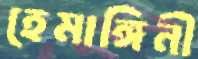
হেমাঙ্গিনী